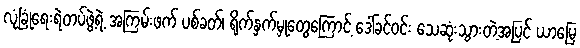
လုံခြုံရေးရဲတပ်ဖွဲ့ရဲ့ အကြမ်းဖက် ပစ်ခတ်၊ ရိုက်နှက်မှုတွေကြောင့် ဒေါ်ခင်ဝင်း သေဆုံးသွားတဲ့အပြင် ယာမြေ